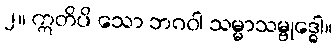
၂။ ဣတိပိ သော ဘဂဝါ သမ္မာသမ္ဗုဒ္ဓေါ။